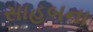
સાહબના